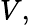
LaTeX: V,